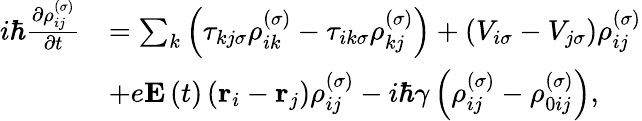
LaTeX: \begin{array}{rl}{i\hbar\frac{\partial\rho_{ij}^{\left(\sigma\right)}}{\partial t}}&{=\sum_{k}\left(\tau_{kj\sigma}\rho_{ik}^{\left(\sigma\right)}-\tau_{ik\sigma}\rho_{kj}^{\left(\sigma\right)}\right)+\left(V_{i\sigma}-V_{j\sigma}\right)\rho_{ij}^{\left(\sigma\right)}}\\ &{+e\mathbf{E}\left(t\right)\left(\mathbf{r}_{i}-\mathbf{r}_{j}\right)\rho_{ij}^{\left(\sigma\right)}-i\hbar\gamma\left(\rho_{ij}^{\left(\sigma\right)}-\rho_{0ij}^{\left(\sigma\right)}\right),}\end{array}